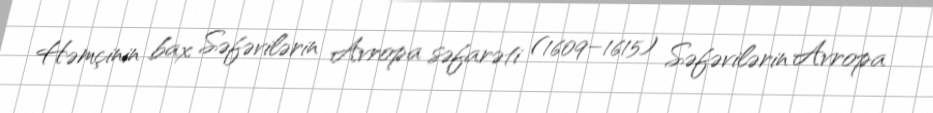
Həmçinin bax Səfəvilərin Avropa səfarəti (1609–1615) Səfəvilərin Avropa